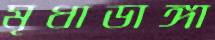
মৃধাডাঙ্গা